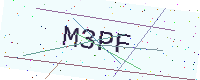
Text: M3PF